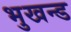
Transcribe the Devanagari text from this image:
भुखन्ड